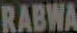
RABWA